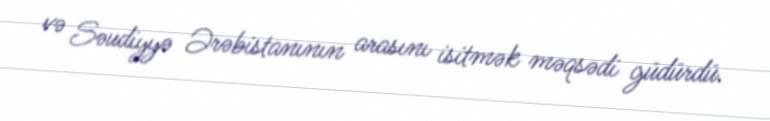
və Səudiyyə Ərəbistanının arasını isitmək məqsədi güdürdü.